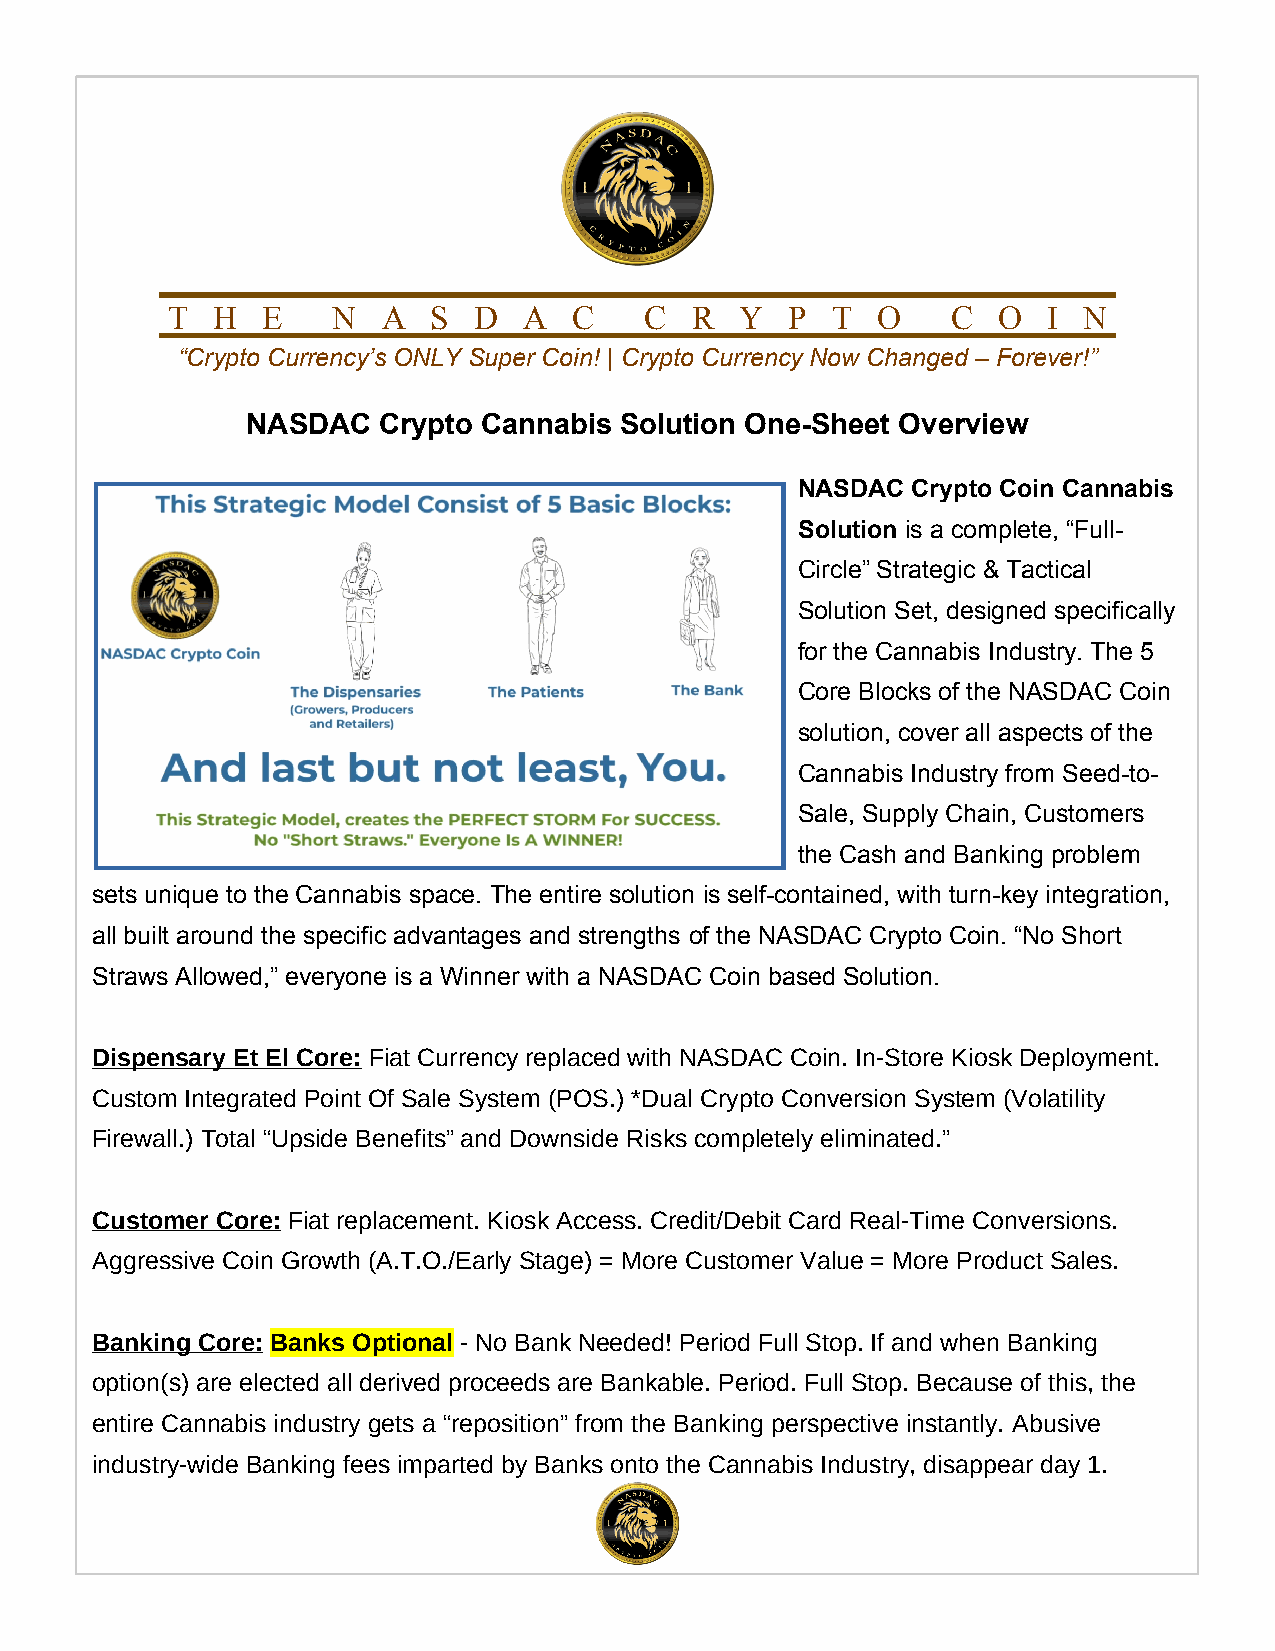
T  H  E    N  A   S D   A  C    C  R  Y  P  T  O    C  O  I  N
 “Crypto Currency’s ONLY Super Coin! | Crypto Currency Now Changed – Forever!”
 NASDAC   Crypto Cannabis Solution One-Sheet Overview
 NASDAC Crypto Coin Cannabis
 Solution is a complete, “Full-
 Circle” Strategic & Tactical
 Solution Set, designed specifically
 for the Cannabis Industry. The 5
 Core Blocks of the NASDAC Coin
 solution, cover all aspects of the
 Cannabis Industry from Seed-to-
 Sale, Supply Chain, Customers
 the Cash and Banking problem
 sets unique to the Cannabis space. The entire solution is self-contained, with turn-key integration,
 all built around the specific advantages and strengths of the NASDAC Crypto Coin. “No Short
 Straws Allowed,” everyone is a Winner with a NASDAC Coin based Solution.
 Dispensary Et El Core: Fiat Currency replaced with NASDAC Coin. In-Store Kiosk Deployment.
 Custom Integrated Point Of Sale System (POS.) *Dual Crypto Conversion System (Volatility
 Firewall.) Total “Upside Benefits” and Downside Risks completely eliminated.”
 Customer Core: Fiat replacement. Kiosk Access. Credit/Debit Card Real-Time Conversions.
 Aggressive Coin Growth (A.T.O./Early Stage) = More Customer Value = More Product Sales.
 Banking Core: Banks Optional - No Bank Needed! Period Full Stop. If and when Banking
 option(s) are elected all derived proceeds are Bankable. Period. Full Stop. Because of this, the
 entire Cannabis industry gets a “reposition” from the Banking perspective instantly. Abusive
 industry-wide Banking fees imparted by Banks onto the Cannabis Industry, disappear day 1.